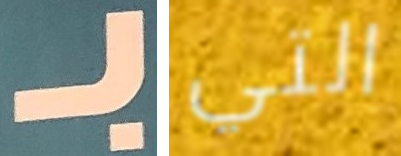
بـ التي